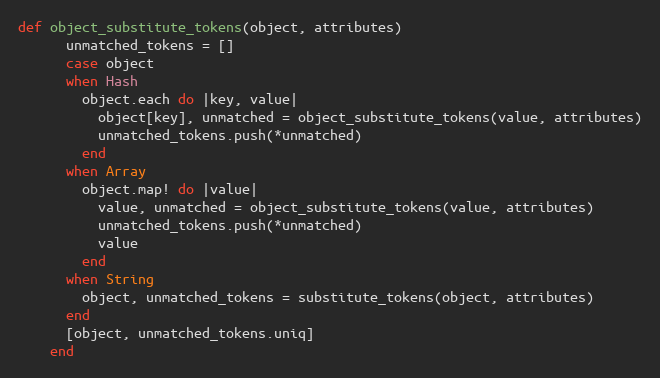
Language: Ruby
def object_substitute_tokens(object, attributes)
      unmatched_tokens = []
      case object
      when Hash
        object.each do |key, value|
          object[key], unmatched = object_substitute_tokens(value, attributes)
          unmatched_tokens.push(*unmatched)
        end
      when Array
        object.map! do |value|
          value, unmatched = object_substitute_tokens(value, attributes)
          unmatched_tokens.push(*unmatched)
          value
        end
      when String
        object, unmatched_tokens = substitute_tokens(object, attributes)
      end
      [object, unmatched_tokens.uniq]
    end